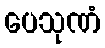
ပေသုဏံ